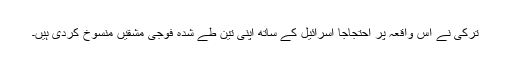
ترکی نے اس واقعہ پر احتجاجاً اسرائیل کے ساتھ اپنی تین طے شدہ فوجی مشقیں منسوخ کردی ہیں۔